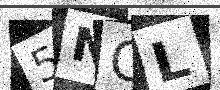
Text: 5NCL